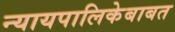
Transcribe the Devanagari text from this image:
न्यायपालिकेबाबत